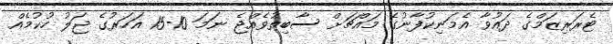
ޓެރަރިޒަމްގެ ދައުވާ އެމަނިކުފާނުގެ މައްޗަށް ސާބިތުވެއްޖެ ނަމަ 10-15 އަހަރުގެ ޖަލު ހުކުމެއް